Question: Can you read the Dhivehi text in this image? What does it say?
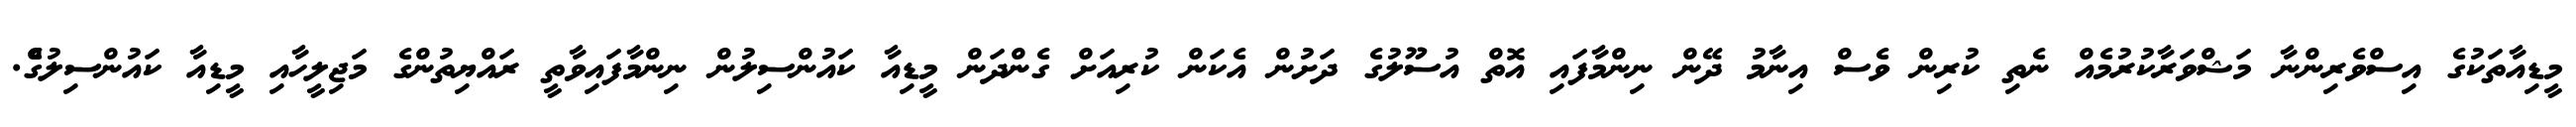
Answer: މީޑިއާތަކުގެ އިސްވެރިންނާ މަޝްވަރާކުރުމެއް ނެތި ކުރިން ވެސް އިނާމު ދޭން ނިންމާފައި އޮތް އުސޫލުގެ ދަށުން އެކަން ކުރިއަށް ގެންދަން މީޑިއާ ކައުންސިލުން ނިންމާފައިވާތީ ރައްޔިތުންގެ މަޖިލީހާއި މީޑިއާ ކައުންސިލުގެް.